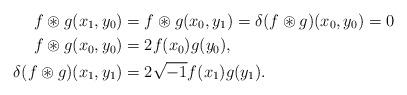
LaTeX: \begin{align*}f\circledast g(x_1, y_0)&=f\circledast g(x_0, y_1)=\delta(f\circledast g)(x_0, y_0)=0\\f\circledast g(x_0, y_0)&=2f(x_0)g(y_0),\\ \delta(f\circledast g)(x_1, y_1)&=2\sqrt{-1}f(x_1)g(y_1).\end{align*}